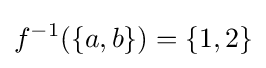
f^{-1}(\{a,b\})=\{1,2\}